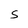
Character: S